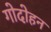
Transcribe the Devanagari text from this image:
गोदोहन